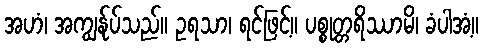
အဟံ၊ အကျွန်ုပ်သည်။ ဥရသာ၊ ရင်ဖြင့်။ ပစ္စုတ္တရိဿာမိ၊ ခံပါအံ့။